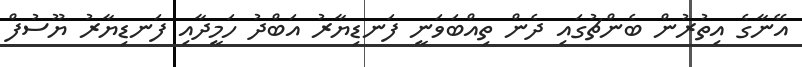
އޭނާގެ އިތުރުން ބެންޗުގައި ދެން ތިއްބަވަނީ ފަނޑިޔާރު އަބްދު ހަމީދާއި ފަނޑިޔާރު ޔޫސުފް